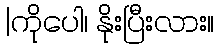
|ကိုပေါ၊ နိုးပြီးလား။